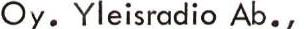
Oy. Yleisradio Ab.,